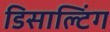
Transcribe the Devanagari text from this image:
डिसाल्टिंग